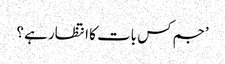
’جم کس بات کا انتظار ہے ؟